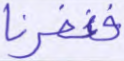
فغفرنا